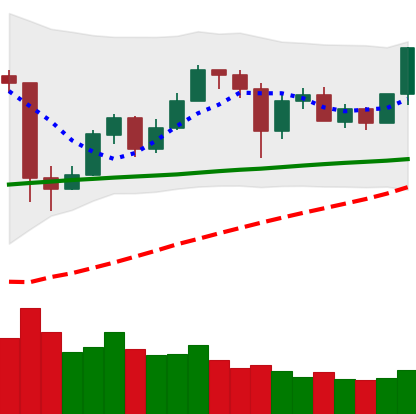
Ticker: ETH-USD
Chart end date: 2020-05-28
Forward return: 7.905%
Label: up_7plus